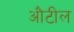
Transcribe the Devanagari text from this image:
औटील